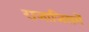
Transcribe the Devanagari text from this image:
राजाजिसमें